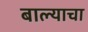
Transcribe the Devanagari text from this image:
बाल्याचा